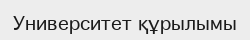
Университет құрылымы